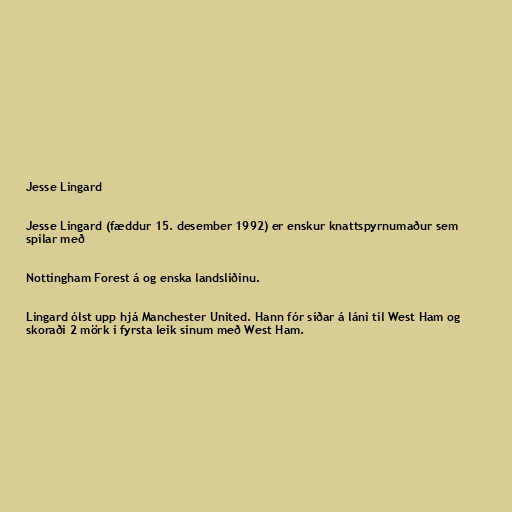
Jesse Lingard

Jesse Lingard (fæddur 15. desember 1992) er enskur knattspyrnumaður sem
spilar með

Nottingham Forest á og enska landsliðinu.

Lingard ólst upp hjá Manchester United. Hann fór síðar á láni til West Ham og
skoraði 2 mörk í fyrsta leik sínum með West Ham.